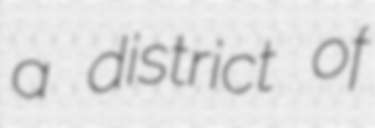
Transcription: a district of